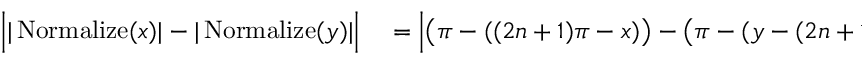
\begin{array} { r l } { \Big | | \operatorname { N o r m a l i z e } ( x ) | - | \operatorname { N o r m a l i z e } ( y ) | \Big | } & { { } = \Big | \big ( \pi - ( ( 2 n + 1 ) \pi - x ) \big ) - \big ( \pi - ( y - ( 2 n + 1 ) \pi ) \big ) \Big | } \end{array}